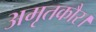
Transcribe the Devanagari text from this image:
अमृतकौर।